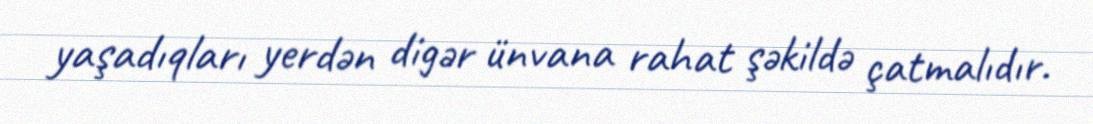
yaşadıqları yerdən digər ünvana rahat şəkildə çatmalıdır.